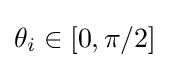
{\textstyle \theta _{i}\in \left[0,\pi /2\right]}